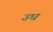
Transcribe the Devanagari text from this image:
उघ